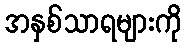
အနှစ်သာရများကို